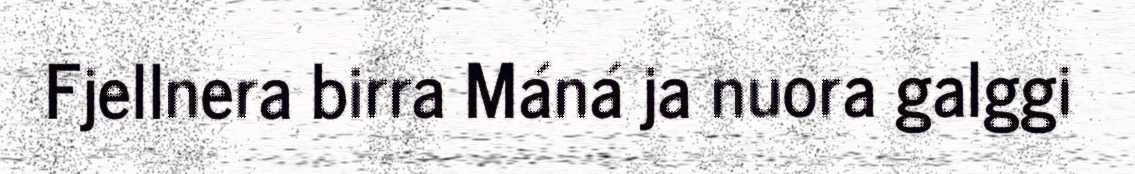
Fjellnera birra Máná ja nuora galggi